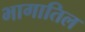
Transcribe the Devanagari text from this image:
भागातिल